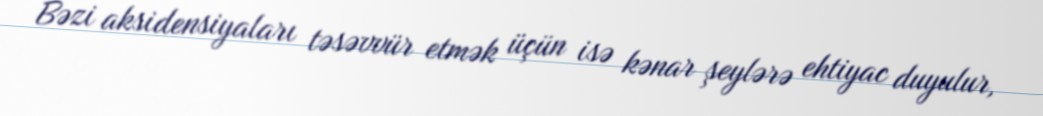
Bəzi aksidensiyaları təsəvvür etmək üçün isə kənar şeylərə ehtiyac duyulur,